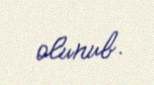
olunub.